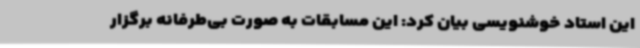
این استاد خوشنویسی بیان کرد: این مسابقات به صورت بی‌طرفانه برگزار